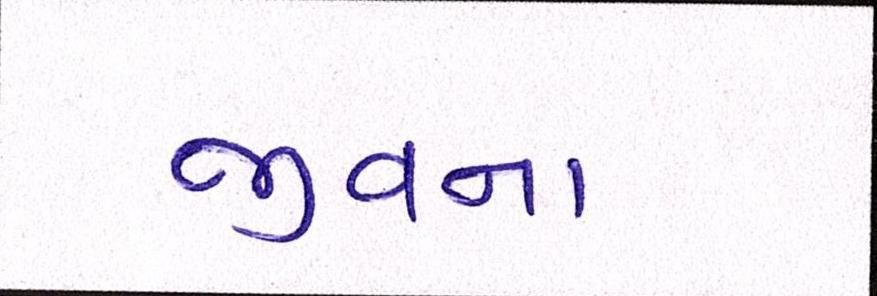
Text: જીવના